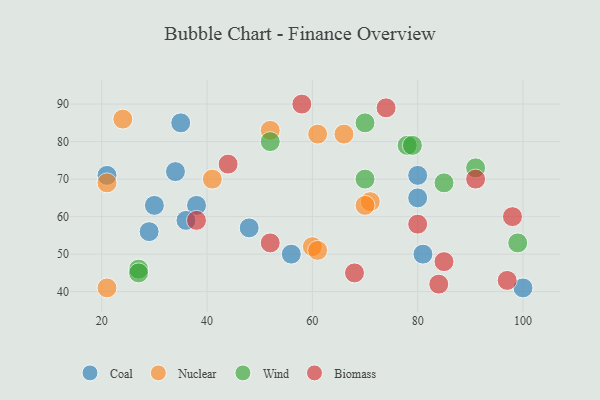
{"axis": {"x": "GDP", "y": "Life Expectancy"}, "legend": ["Biomass", "Coal", "Nuclear", "Wind"], "data": [{"x": "100", "y": 41, "type": "Coal"}, {"x": "21", "y": 71, "type": "Coal"}, {"x": "81", "y": 50, "type": "Coal"}, {"x": "38", "y": 63, "type": "Coal"}, {"x": "56", "y": 50, "type": "Coal"}, {"x": "34", "y": 72, "type": "Coal"}, {"x": "29", "y": 56, "type": "Coal"}, {"x": "35", "y": 85, "type": "Coal"}, {"x": "48", "y": 57, "type": "Coal"}, {"x": "36", "y": 59, "type": "Coal"}, {"x": "80", "y": 65, "type": "Coal"}, {"x": "30", "y": 63, "type": "Coal"}, {"x": "80", "y": 71, "type": "Coal"}, {"x": "71", "y": 64, "type": "Nuclear"}, {"x": "21", "y": 69, "type": "Nuclear"}, {"x": "24", "y": 86, "type": "Nuclear"}, {"x": "60", "y": 52, "type": "Nuclear"}, {"x": "21", "y": 41, "type": "Nuclear"}, {"x": "61", "y": 82, "type": "Nuclear"}, {"x": "41", "y": 70, "type": "Nuclear"}, {"x": "66", "y": 82, "type": "Nuclear"}, {"x": "61", "y": 51, "type": "Nuclear"}, {"x": "70", "y": 63, "type": "Nuclear"}, {"x": "52", "y": 83, "type": "Nuclear"}, {"x": "27", "y": 46, "type": "Wind"}, {"x": "78", "y": 79, "type": "Wind"}, {"x": "70", "y": 85, "type": "Wind"}, {"x": "27", "y": 45, "type": "Wind"}, {"x": "52", "y": 80, "type": "Wind"}, {"x": "70", "y": 70, "type": "Wind"}, {"x": "99", "y": 53, "type": "Wind"}, {"x": "85", "y": 69, "type": "Wind"}, {"x": "91", "y": 73, "type": "Wind"}, {"x": "79", "y": 79, "type": "Wind"}, {"x": "84", "y": 42, "type": "Biomass"}, {"x": "91", "y": 70, "type": "Biomass"}, {"x": "44", "y": 74, "type": "Biomass"}, {"x": "97", "y": 43, "type": "Biomass"}, {"x": "58", "y": 90, "type": "Biomass"}, {"x": "68", "y": 45, "type": "Biomass"}, {"x": "80", "y": 58, "type": "Biomass"}, {"x": "38", "y": 59, "type": "Biomass"}, {"x": "74", "y": 89, "type": "Biomass"}, {"x": "98", "y": 60, "type": "Biomass"}, {"x": "52", "y": 53, "type": "Biomass"}, {"x": "85", "y": 48, "type": "Biomass"}]}